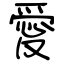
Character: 愛